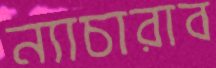
ন্যাচারাব